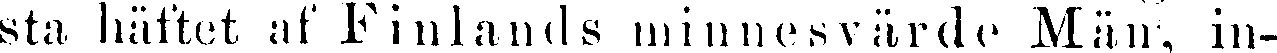
sta häftet af Finlands minnesvärde Män, in-